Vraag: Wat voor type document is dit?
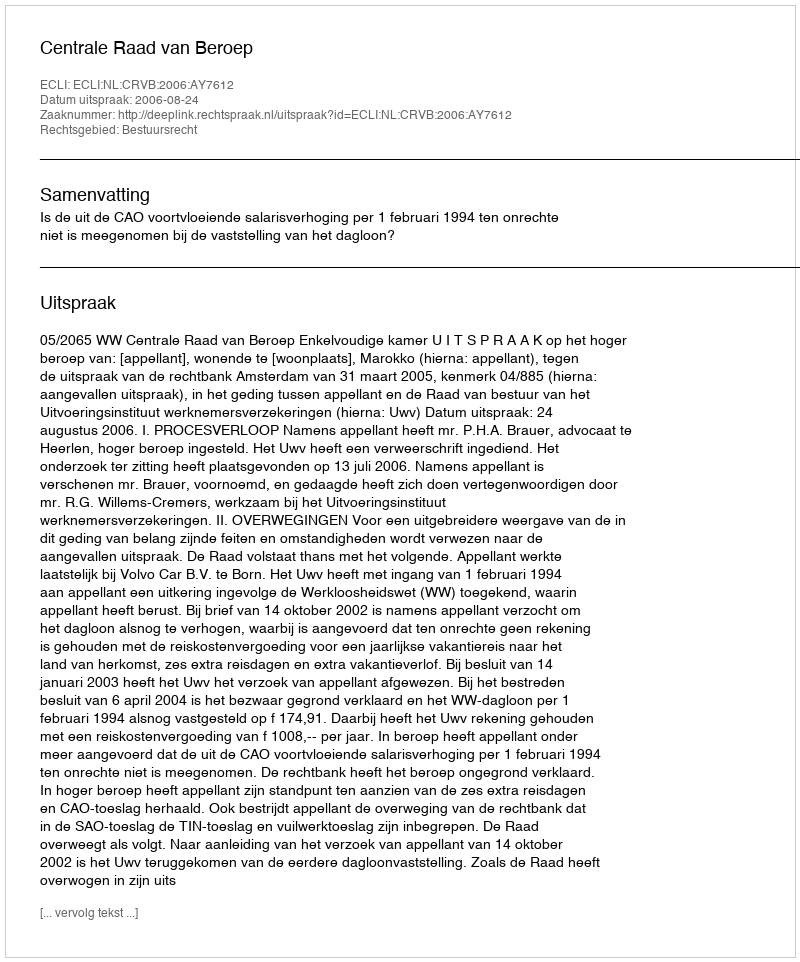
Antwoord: Uitspraak